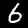
Digit: 6